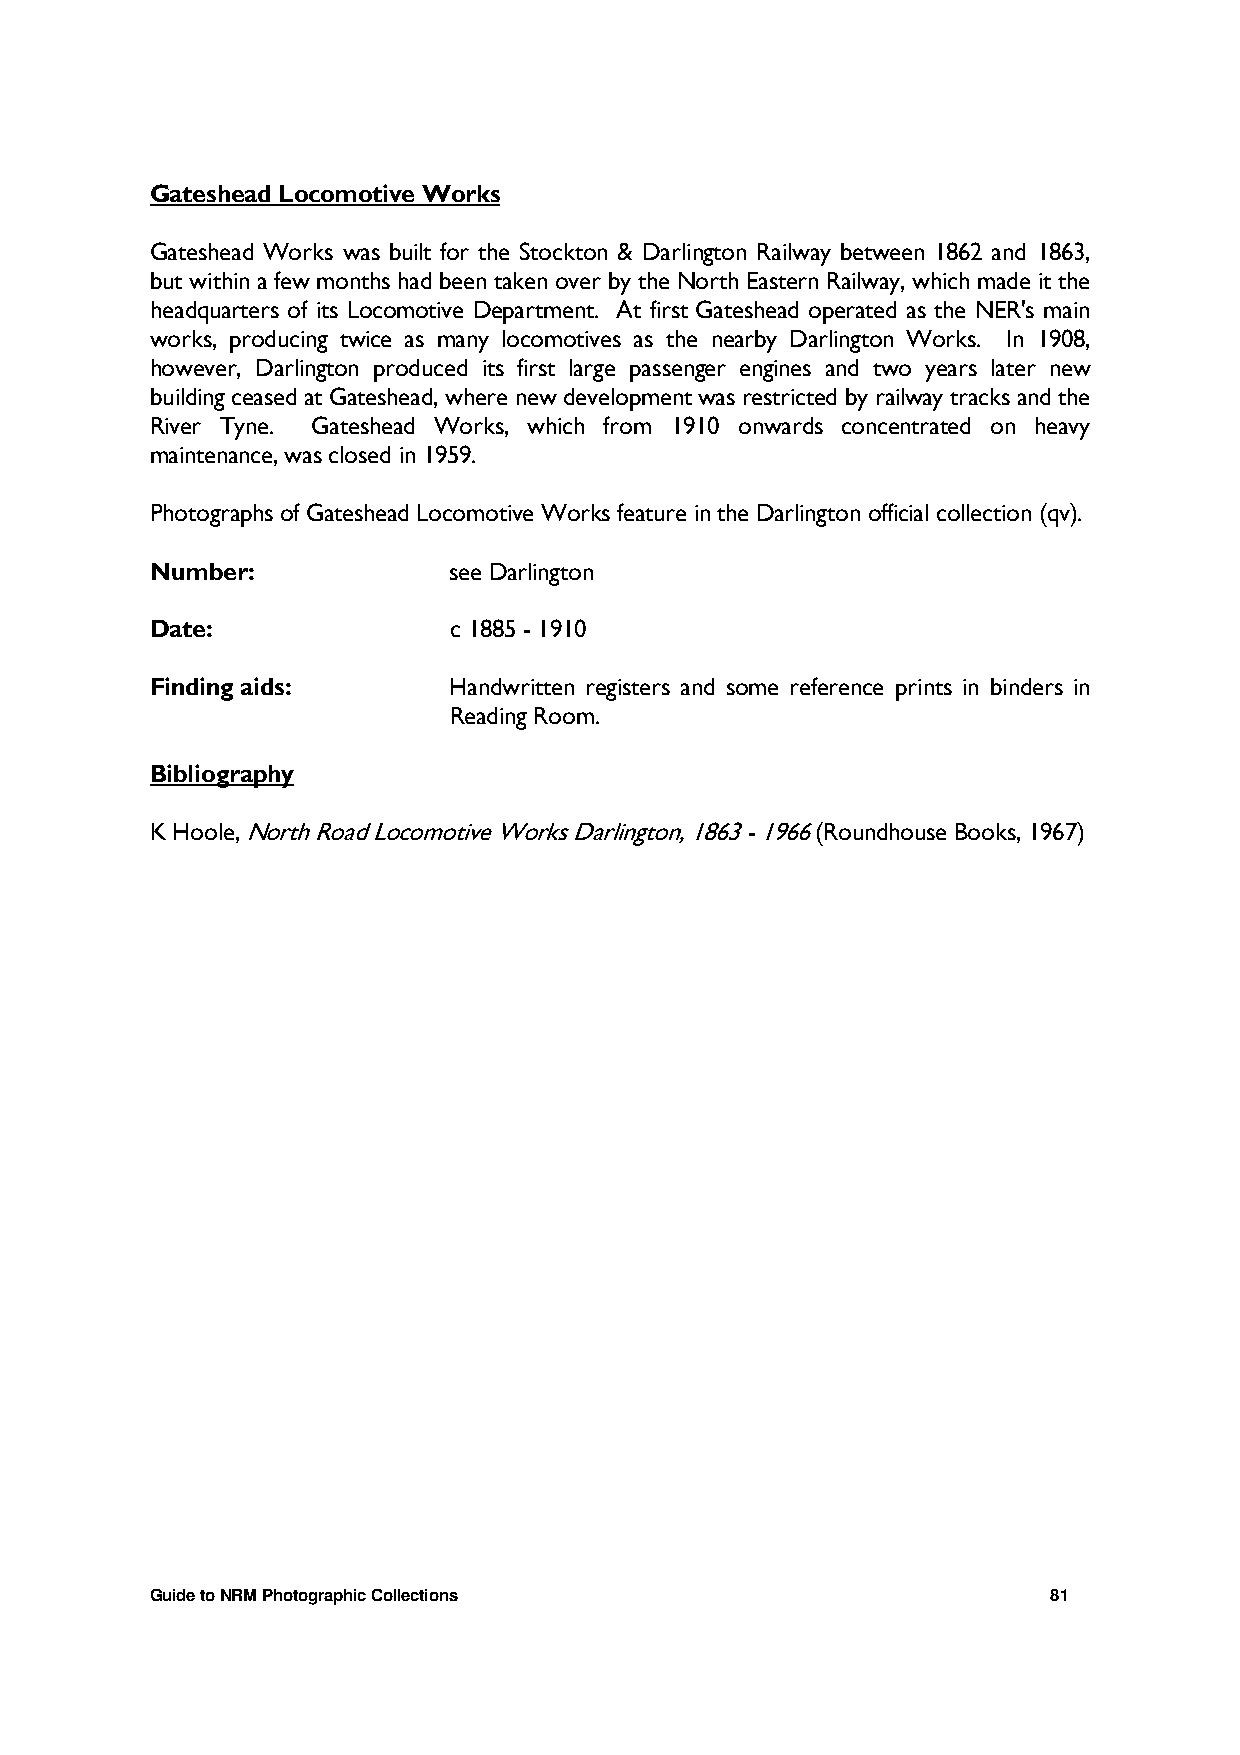
Gateshead Locomotive Works
 Gateshead Works was built for the Stockton & Darlington Railway between 1862 and 1863,
 but within a few months had been taken over by the North Eastern Railway, which made it the
 headquarters of its Locomotive Department. At first Gateshead operated as the NER's main
 works, producing twice as many locomotives as the nearby Darlington Works. In 1908,
 however, Darlington produced its first large passenger engines and two years later new
 building ceased at Gateshead, where new development was restricted by railway tracks and the
 River Tyne. Gateshead Works, which from 1910 onwards concentrated on heavy
 maintenance, was closed in 1959.
 Photographs of Gateshead Locomotive Works feature in the Darlington official collection (qv).
 Number:             see Darlington
 Date:               c 1885 - 1910
 Finding aids:       Handwritten registers and some reference prints in binders in
 Reading Room.
 Bibliography
 K Hoole, North Road Locomotive Works Darlington, 1863 - 1966 (Roundhouse Books, 1967)
 Guide to NRM Photographic Collections                       81